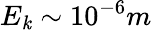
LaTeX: E_{\mathit{k}}\sim10^{-6}m